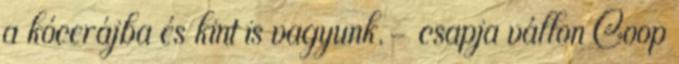
a kócerájba és kint is vagyunk.- csapja vállon Coop